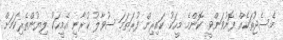
މެސެޖުތަކެއް ފޮނުވަންވީ. ކޮންމެ މީހަކު ކައިރިން ފުރަތަމަ ސުވާލު ކުރާނީ އެމީހަކު ލިޔުންތެރިކަމަށް